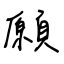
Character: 願